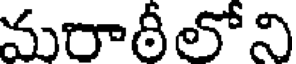
మరాఠీలోని